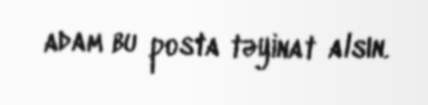
adam bu posta təyinat alsın.